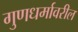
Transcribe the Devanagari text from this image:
गुणधर्मावरील